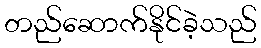
တည်ဆောက်နိုင်ခဲ့သည်